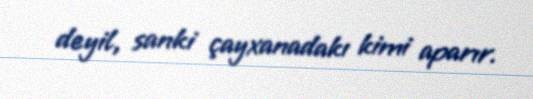
deyil, sanki çayxanadakı kimi aparır.